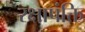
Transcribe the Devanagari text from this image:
रक्षापंक्ति